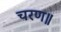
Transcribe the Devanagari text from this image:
चरण॥